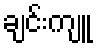
ချင်းကျူ